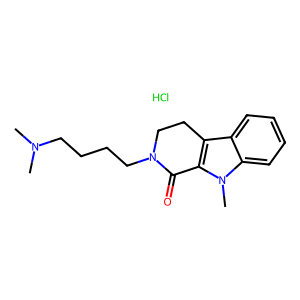
SMILES: CN(C)CCCCN1CCc2c(n(C)c3ccccc23)C1=O.Cl
Inhibits HIV replication: No